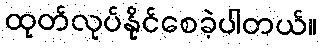
ထုတ်လုပ်နိုင်စေခဲ့ပါတယ်။